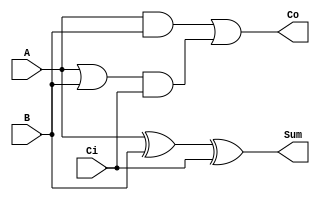
module adder (
    output Sum,
    output Co,
    input A,
    input B,
    input Ci
);

assign Sum = A ^ B ^ Ci;
assign Co = (A&&B || (A||B)&&Ci);

endmodule